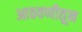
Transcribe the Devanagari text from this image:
आठवणीतून